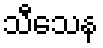
သီသေန